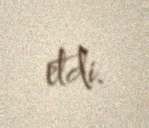
etdi.